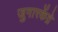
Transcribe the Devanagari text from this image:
जुगारकेंद्रे